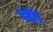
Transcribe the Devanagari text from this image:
षष्ठीचे